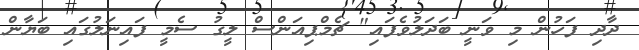
ދާދި ފަހުން މި ވަނީ ބަދަލުވެފައި" ޗެމްޕިއަންސް ލީގު ސެމީ ފައިނަލުގައި ބަޔާން